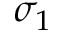
\sigma _ { 1 }